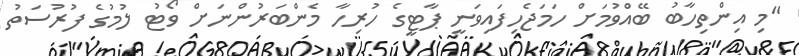
"މި އިންތިހާބު ބޭއްވުމަށް ހަމަޖެހިފައިވަނީ ޕާޓީގެ ހުރިހާ މެންބަރުންނަށް ވޯޓު ލުމުގެ ފުރުސަތު